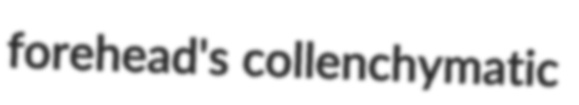
forehead's collenchymatic